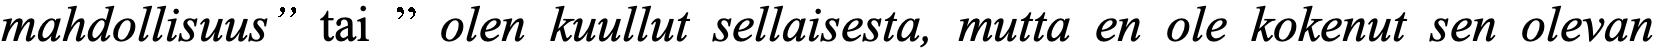
mahdollisuus” tai ” olen kuullut sellaisesta, mutta en ole kokenut sen olevan